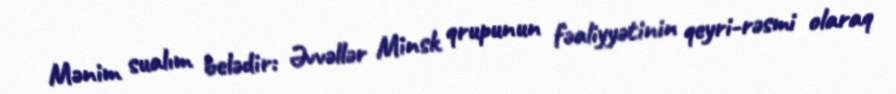
Mənim sualım belədir: Əvvəllər Minsk qrupunun fəaliyyətinin qeyri-rəsmi olaraq